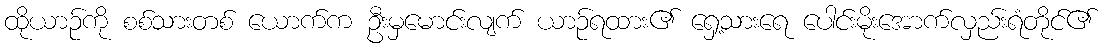
ထိုယာဉ်ကို စစ်သားတစ် ယောက်က ဦးမှမောင်းလျက် ယာဉ်ရထား၏ ရှေ့သားရေ ပေါင်းမိုးအောက်လှည်းရံတိုင်၏